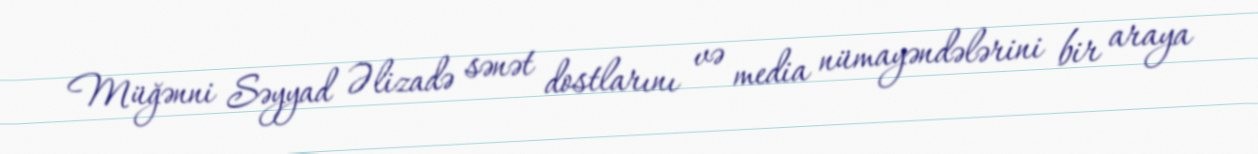
Müğənni Səyyad Əlizadə sənət dostlarını və media nümayəndələrini bir araya